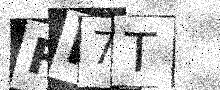
Text: FK7T